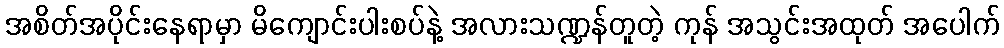
အစိတ်အပိုင်းနေရာမှာ မိကျောင်းပါးစပ်နဲ့ အလားသဏ္ဍန်တူတဲ့ ကုန် အသွင်းအထုတ် အပေါက်